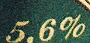
5,6%